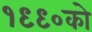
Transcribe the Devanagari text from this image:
१९९०को